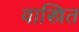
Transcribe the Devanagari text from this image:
वास्त्रित